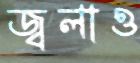
জ্বলাও